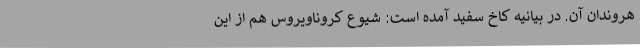
هروندان آن. در بیانیه کاخ سفید آمده است: شیوع کروناویروس هم از این